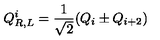
Q _ { R , L } ^ { i } = { \frac { 1 } { \sqrt { 2 } } } ( Q _ { i } \pm Q _ { i + 2 } )